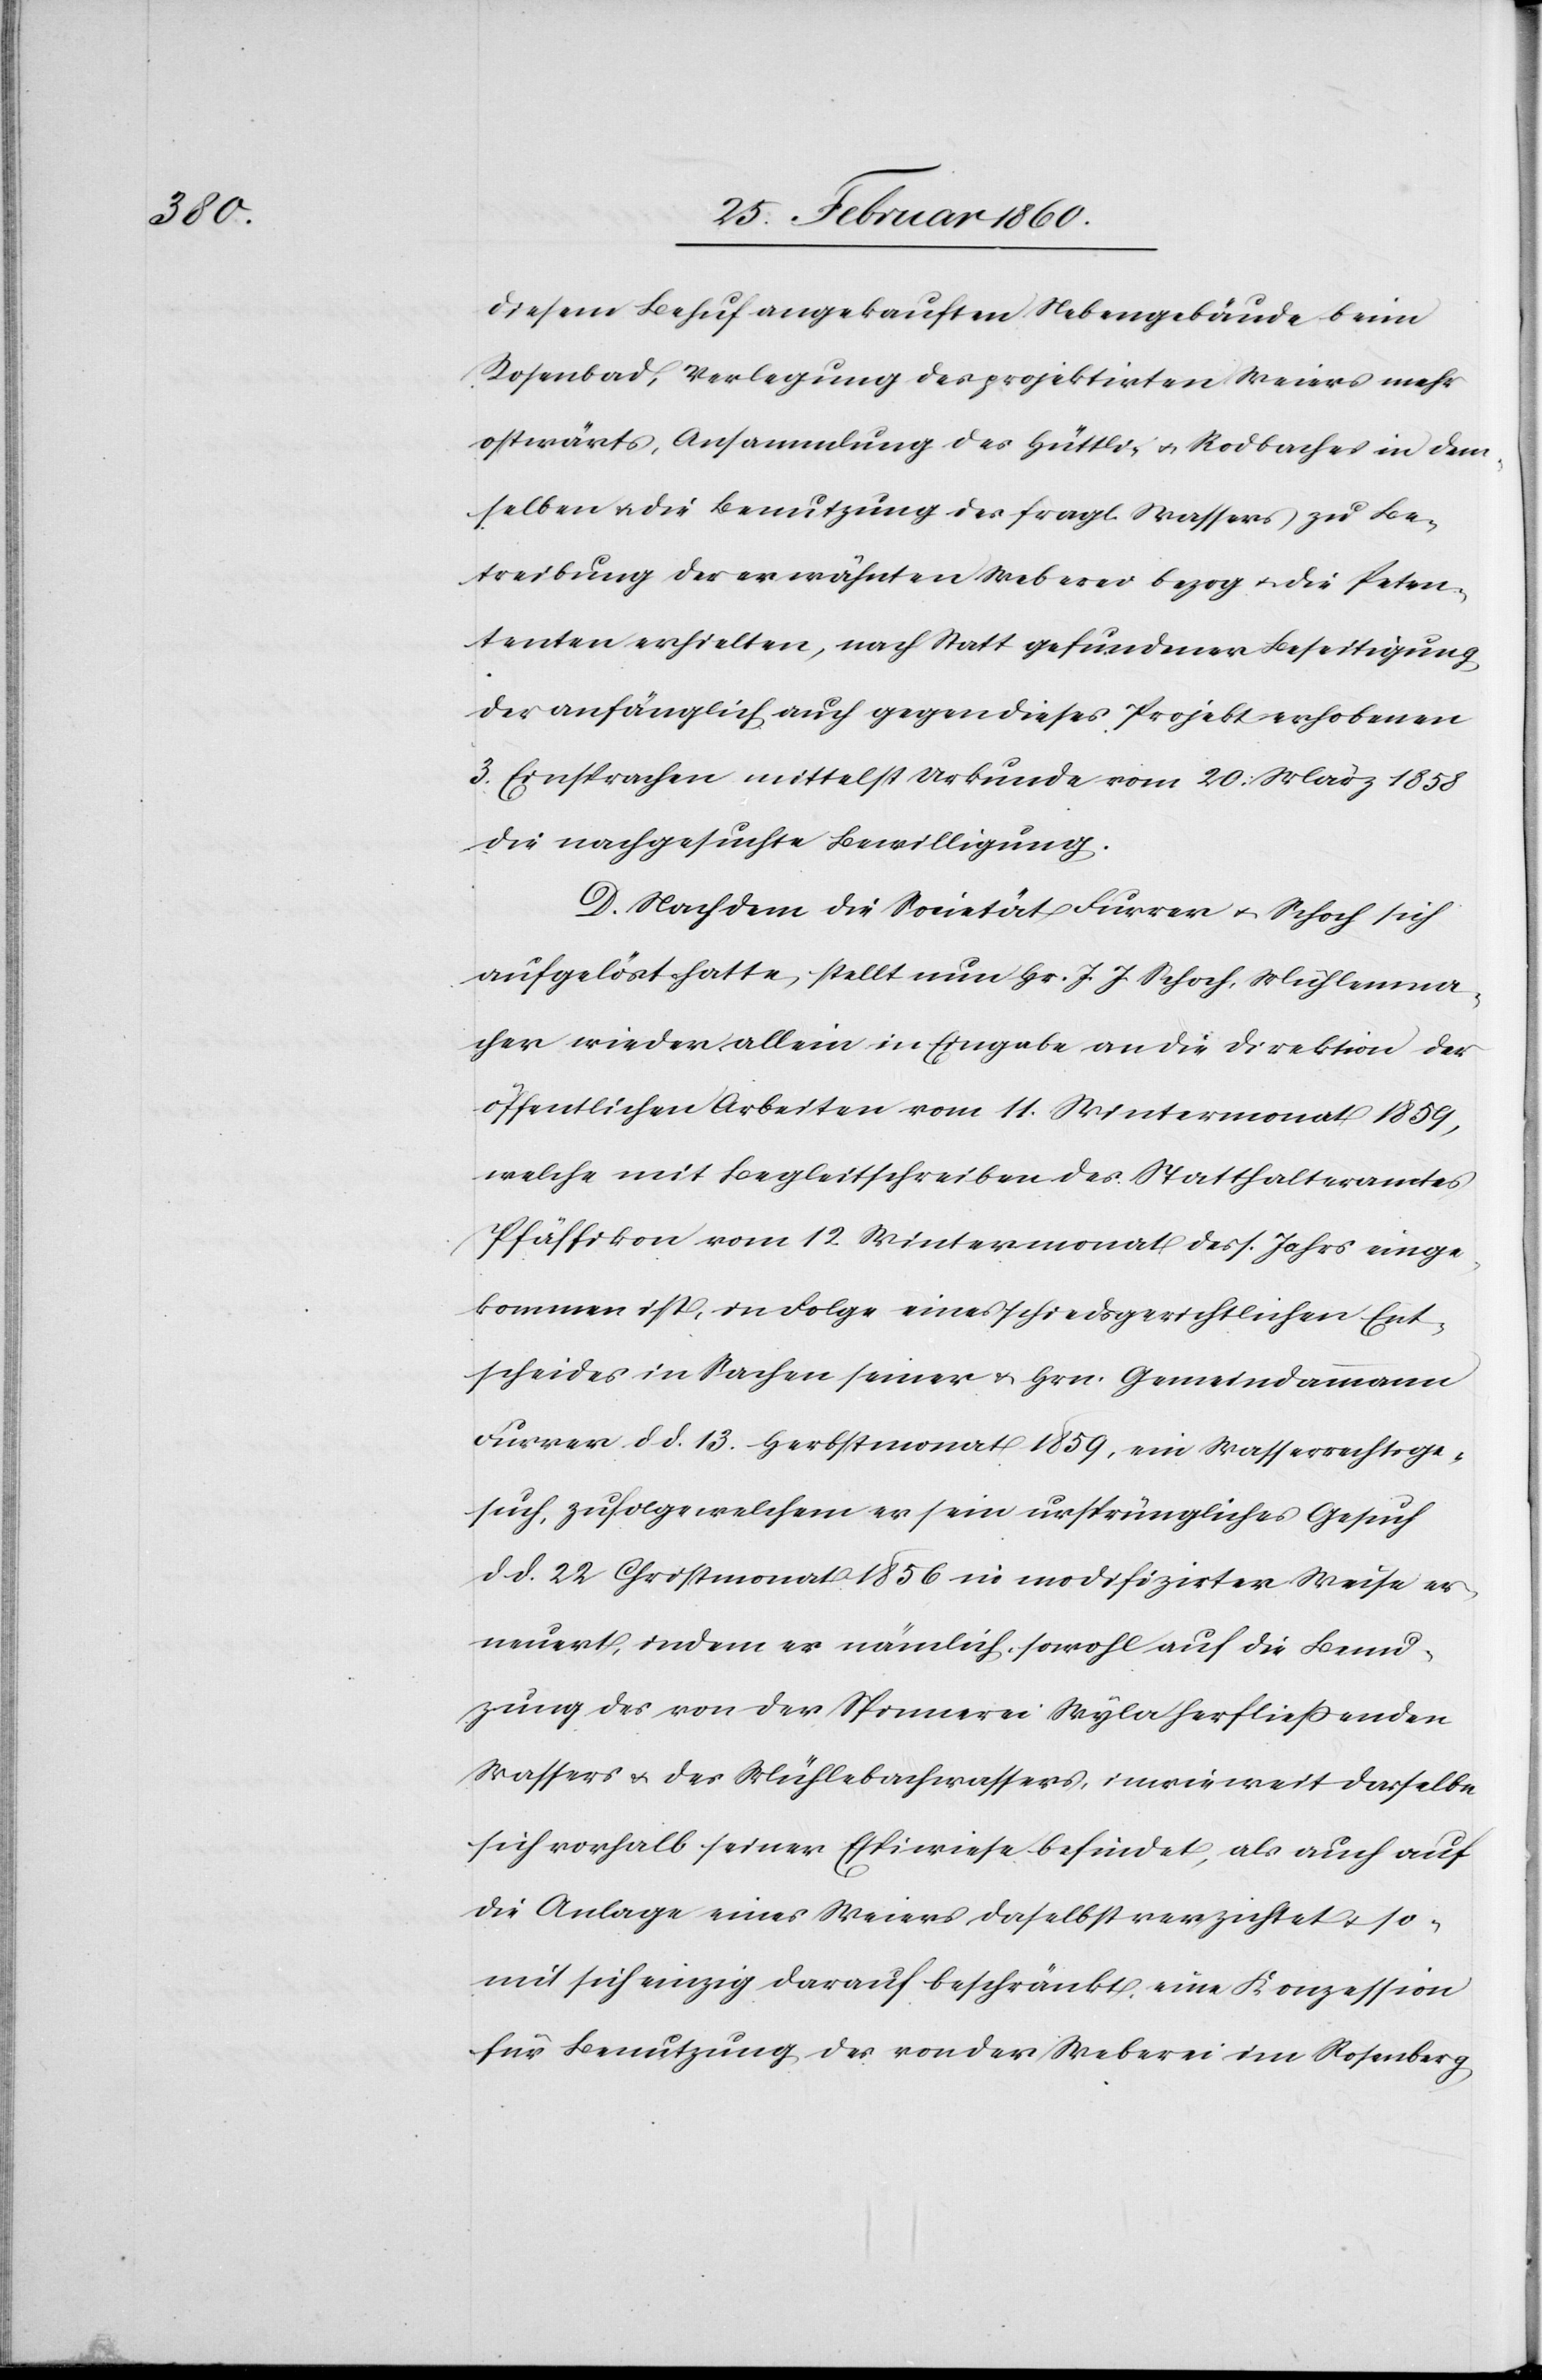
diesem Behuf angekauften Nebengebäude beim
Rosenbad, Verlegung des projektirten Weiers mehr
ostwärts, Ansammlung des Hüttli u. Nordbaches in dem¬
selben u. die Benutzung des fragl. Wassers zu Be¬
treibung der erwähnten Weberei bezog u. die Peten¬
tenten [sic!] erhielten, nach Statt gefundener Beseitigung
der anfänglich auch gegen dieses Projekt erhobenen
3 Einsprachen mittelst Urkunde vom 20. März 1858
die nachgesuchte Bewilligung.
D. Nachdem die Societät Furrer u. Schoch sich
aufgelöst hatte, stellt nun Hr. J. Schoch, Mühlenma¬
cher wieder allein in Eingabe an die Direktion der
öffentlichen Arbeiten vom 11. Wintermonat 1859,
welche mit Begleitschreiben des Statthalteramtes
Pfäffikon vom 12. Wintermonat des s. Jahrs einge¬
kommen ist, in Folge eines schiedsgerichtlichen Ent¬
scheides in Sachen seiner u. Hrn. Gemeindammann
Furrer d. d. 13. Herbstmonat 1859, ein Wasserrechtsge¬
such, zufolge welchem er sein ursprüngliches Gesuch
d. d. 22. Christmonat 1856 in modifizirter Weise er¬
neuert, indem es nämlich sowohl auch die Benu¬
zung des von der Spinnerei Wyla herfliessenden
Wassers u. des Mühlebachwassers, in wieweit dasselbe
sich vorhalb seiner Espiwiese befindet, als auch auf
die Anlage eines Weiers daselbst verzichtet u. so¬
mit sich einzig darauf beschränkt eine Konzession
für Benutzung des von der Weberei im Rosenberg